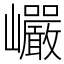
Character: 巗